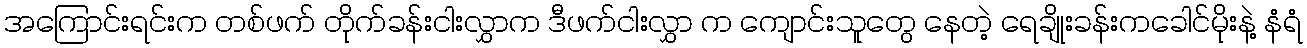
အကြောင်းရင်းက တစ်ဖက် တိုက်ခန်းငါးလွှာက ဒီဖက်ငါးလွှာ က ကျောင်းသူတွေ နေတဲ့ ရေချိုးခန်းကခေါင်မိုးနဲ့ နံရံ